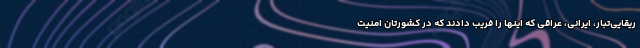
ریقایی‌تبار، ایرانی، عراقی که اینها را فریب دادند که در کشورتان امنیت